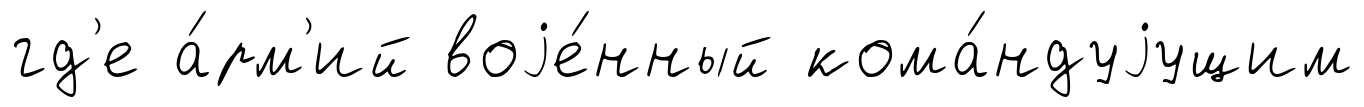
гд'е а́рм'ий воjе́нный кома́ндуjущим